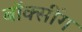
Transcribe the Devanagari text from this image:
बॉक्सींग